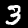
Digit: 3